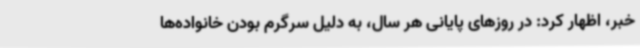
خبر، اظهار کرد: در روزهای پایانی هر سال، به دلیل سرگرم بودن خانواده‌ها